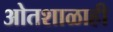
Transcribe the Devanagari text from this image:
ओतशाळाही